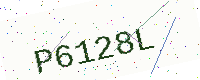
Text: P6128L